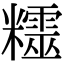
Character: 𥽛